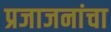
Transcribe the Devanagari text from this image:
प्रजाजनांचा